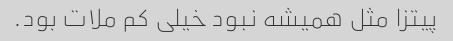
پیتزا مثل همیشه نبود خیلی کم ملات بود.